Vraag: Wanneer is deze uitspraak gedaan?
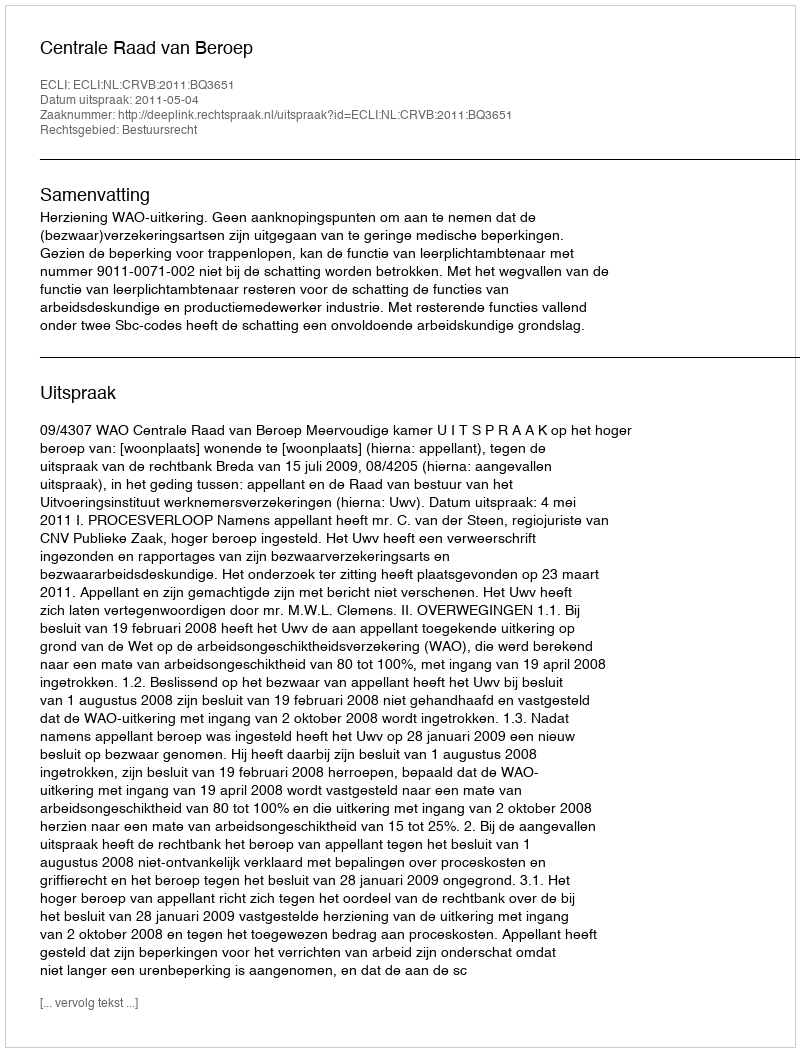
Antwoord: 2011-05-04